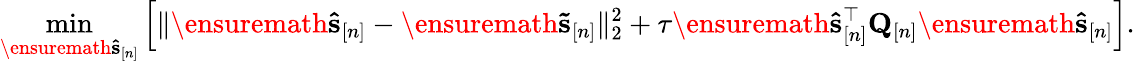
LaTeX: \operatorname*{min}_{\ensuremath{\mathbf{\hat{s}}}_{[n]}}\left[\| \ensuremath{\mathbf{\hat{s}}}_{[n]}-\ensuremath{\mathbf{\tilde{s}}}_{[n]}\| _{2}^{2}+\tau\ensuremath{\mathbf{\hat{s}}}_{[n]}^{\top}\mathbf Q_{[n]}\ensuremath{\mathbf{\hat{s}}}_{[n]}\right].